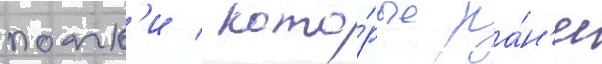
полк'и / кото́рые ра́н'ее